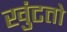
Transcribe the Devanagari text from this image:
खुंटतो